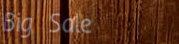
Big Sale